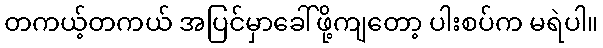
တကယ့်တကယ် အပြင်မှာခေါ်ဖို့ကျတော့ ပါးစပ်က မရဲပါ။